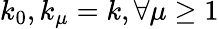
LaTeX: k_{0},k_{\mu}=k,\forall\mu\geq 1